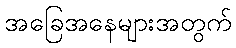
အခြေအနေများအတွက်